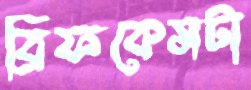
ব্রিফকেসটা